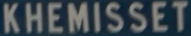
KHEMISSET